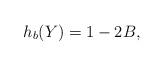
LaTeX: \begin{align*}h_b(Y)& = 1-2B,\end{align*}